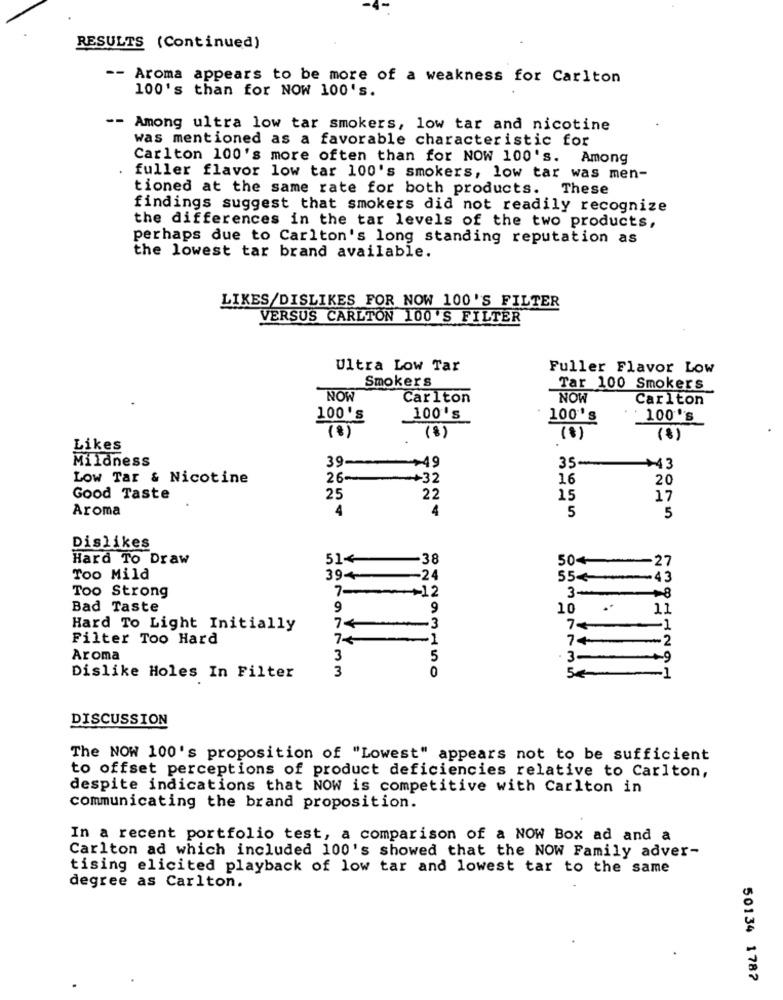
RESULTS (Continued)
-- Aroma appears to be more of a weakness for Carlton
100's than for NOW 100's.
-- Among ultra low tar smokers, low tar and nicotine
was mentioned as a favorable characteristic for
Carlton 100's more often than for NOW 100's. Among
fuller flavor low tar 100's smokers, low tar was men-
tioned at the same rate for both products. These
findings suggest that smokers did not readily recognize
the differences in the tar levels of the two products,
perhaps due to Carlton's long standing reputation as
the lowest tar brand available.
LIKES/DISLIKES FOR NOW 100'S FILTER
VERSUS CARLTON 100'S FILTER
Ultra Low Tar
Fuller Flavor Low
Smokers
Tar 100 Smokers
NOW
Carlton
NOW
Carlton
100's
100's
100's
: 100's
(8)
(8)
(8)
(8 )
Likes
Mildness
39
+49
35-
+43
Low Tar & Nicotine
26 --
+32
16
20
Good Taste
25
22
15
17
Aroma
4
4
5
5
Dislikes
Hard To Draw
51<
-
·38
50+
-27
Too Mild
39-
-24
55
-43
Too Strong
7-
-+12
3-
Bad Taste
9
9
10
11
Hard To Light Initially
74
-3
-1
Filter Too Hard
7+
-1
7+
-2
Aroma
3
5
3-
3
0
Dislike Holes In Filter
DISCUSSION
The NOW 100's proposition of "Lowest" appears not to be sufficient
to offset perceptions of product deficiencies relative to Carlton,
despite indications that NOW is competitive with Carlton in
communicating the brand proposition.
In a recent portfolio test, a comparison of a NOW Box ad and a
Carlton ad which included 100's showed that the NOW Family adver-
tising elicited playback of low tar and lowest tar to the same
degree as Carlton.
50134 1787